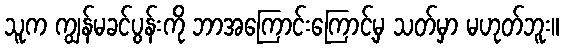
သူက ကျွန်မခင်ပွန်းကို ဘာအကြောင်းကြောင့်မှ သတ်မှာ မဟုတ်ဘူး။